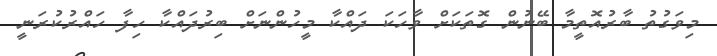
މިވަގުތު ބާރުއޮތީމާ ބޭނުން ގޮތަކަށް ވާހަކަ ދައްކާ މީހުންނަށް ބިރުދައްކާ ހިފާ ހައްރުކުރަނީ